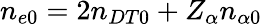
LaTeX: n_{e0}=2n_{DT0}+Z_{\alpha}n_{\alpha 0}